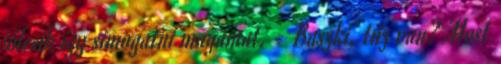
jólesik így simogatni magamat. - Baszki, tűz van? Most